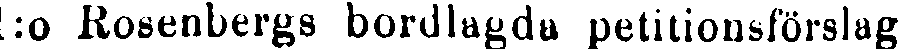
l:o Rosenbergs bordlagda petitionsförslag